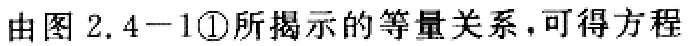
由图 2.4−1\textcircled{1}所揭示的等量关系，可得方程